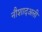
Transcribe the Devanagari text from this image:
नौशादअली